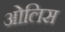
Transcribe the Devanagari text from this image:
ओलिस